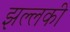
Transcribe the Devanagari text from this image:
झल्लकी